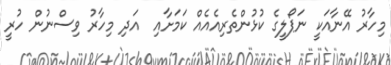
މިހާރު އޭނާއަކީ ނަޕޯލީގެ ކުޅުންތެރިއެއެއް ކަމަށާއި  އަދި މިހާރު ވިސްނުން ހުރީ